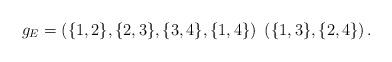
LaTeX: \begin{align*}g_E = \left( \{1,2\}, \{2,3\}, \{3,4\}, \{1,4\} \right)\ \left( \{1,3\}, \{2,4\} \right).\end{align*}